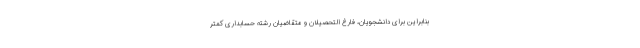
بنابراین برای دانشجویان، فارغ التحصیلان و متقاضیان رشته حسابداری کمتر